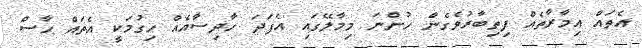
އެތައް އިމާރާތެއް ފިތިބާރުވެގެން ހުންނަ މިމާލޭގައި އެފަދަ ހާދިސާއެއް ހިގުމަކީ އެތައް ހާސް